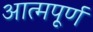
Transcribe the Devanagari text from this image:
आत्मपूर्ण